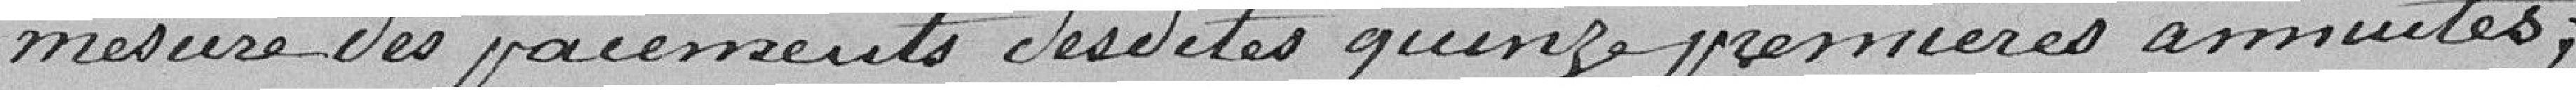
mesure des paiements desdites quinze premières annuités.